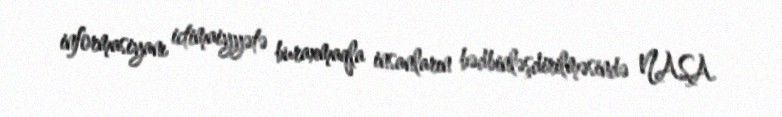
informasiyanı ictimaiyyətə buraxmaqla insanların bədbinləşdirilməsində NASA